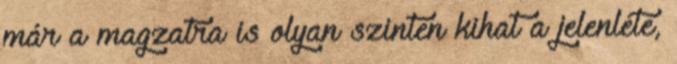
már a magzatra is olyan szinten kihat a jelenléte,